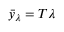
\bar { y } _ { \lambda } = T \lambda